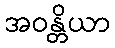
အဝန္တိယာ